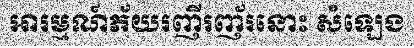
អារម្មណ៍ភ័យរញីរញ័រនោះ សំឡេង